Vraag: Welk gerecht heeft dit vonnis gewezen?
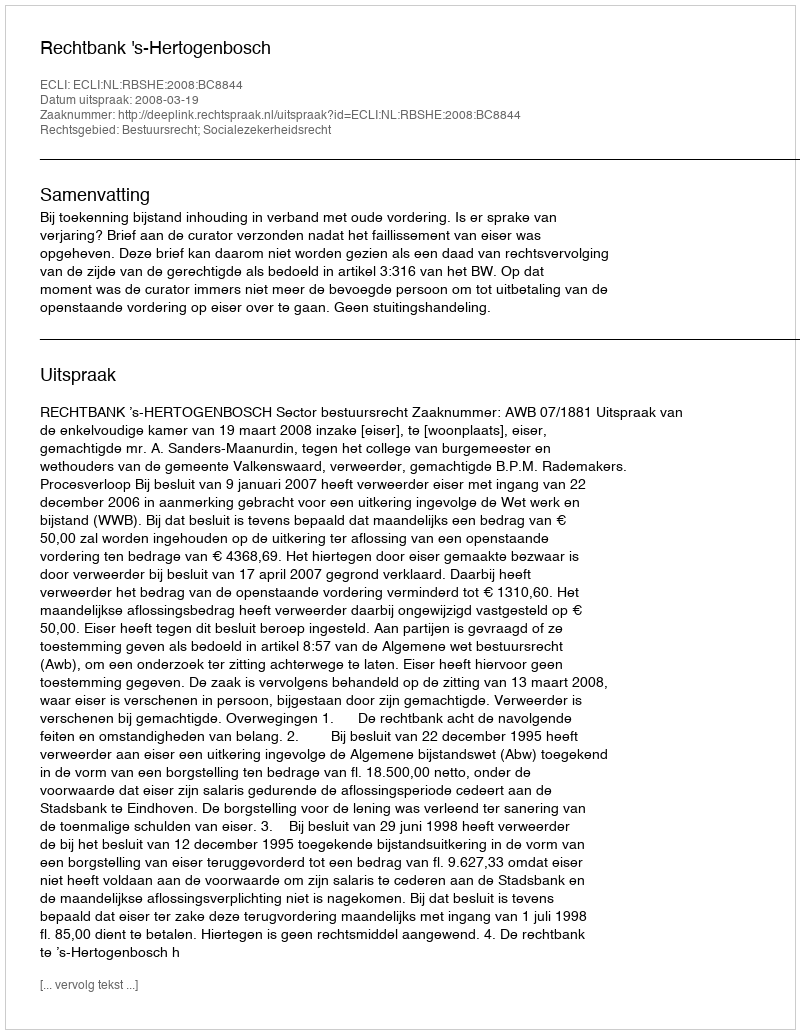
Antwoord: Rechtbank 's-Hertogenbosch